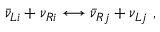
\bar { \nu } _ { L i } + \nu _ { R i } \longleftrightarrow \bar { \nu } _ { R j } + \nu _ { L j } \ ,